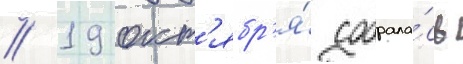
// 19 окт'ябр'я́ собрала́сь